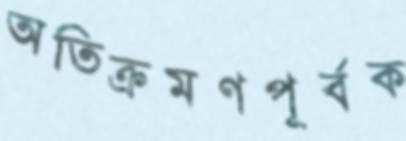
অতিক্রমণপূর্বক